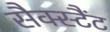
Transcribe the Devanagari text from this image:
सैक्स्टैंट